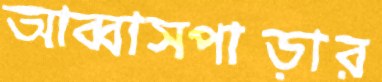
আব্বাসপাড়ার